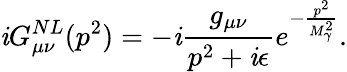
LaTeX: \mathit{i}G_{\mu\nu}^{NL}(p^{2})=-\mathit{i}\frac{{g_{\mu\nu}}}{{p^{2}+\mathit{i}\epsilon}}e^{-\frac{{p^{2}}}{{M_{\gamma}^{2}}}}.